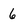
Character: 6